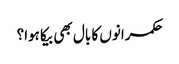
حکمرانوں کا بال بھی بیکا ہوا؟